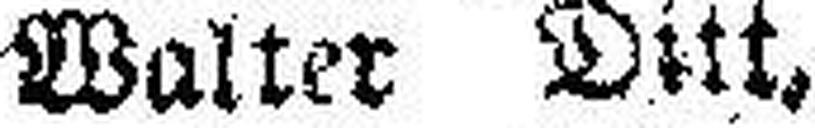
Walter Ditt,